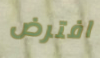
افترض